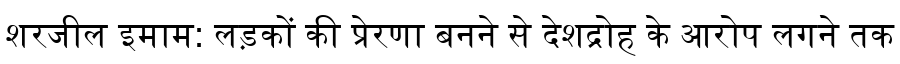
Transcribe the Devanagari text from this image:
शरजील इमाम: लड़कों की प्रेरणा बनने से देशद्रोह के आरोप लगने तक